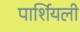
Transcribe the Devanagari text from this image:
पार्शियली